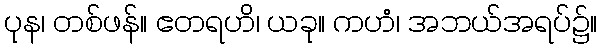
ပုန၊ တစ်ဖန်။ ဧတရဟိ၊ ယခု။ ကဟံ၊ အဘယ်အရပ်၌။